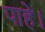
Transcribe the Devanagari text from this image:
पाहे।